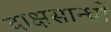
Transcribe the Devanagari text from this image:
दाक्षसान्धो